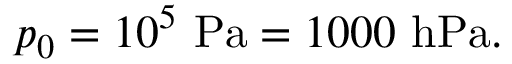
p _ { 0 } = 1 0 ^ { 5 } \mathrm { \ P a } = 1 0 0 0 \mathrm { \ h P a } .